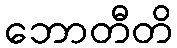
ဘောတီတိ